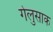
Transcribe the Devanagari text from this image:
गेलुसाक